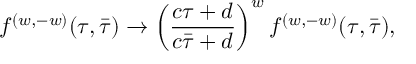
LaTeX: { f ^ { ( w , - w ) } ( \tau , \bar { \tau } ) \to \left( { \frac { c \tau + d } { c \bar { \tau } + d } } \right) ^ { w } f ^ { ( w , - w ) } ( \tau , \bar { \tau } ) , }